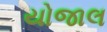
યોજાલ